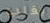
يقلب